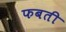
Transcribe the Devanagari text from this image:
फबती